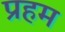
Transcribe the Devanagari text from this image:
प्रहम